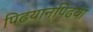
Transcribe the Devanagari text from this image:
पिढयानपिढया